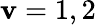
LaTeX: \mathbf{v}=1,2